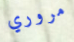
مروري